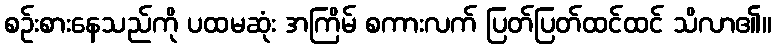
စဉ်းစားနေသည်ကို ပထမဆုံး အကြိမ် စကားလက် ပြတ်ပြတ်ထင်ထင် သိလာ၏။